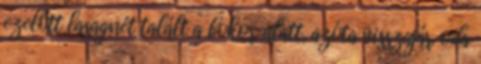
ezelőtt lasagnét talált a bokor alatt, azóta visszajár oda